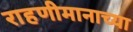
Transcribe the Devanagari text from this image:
राहणीमानाच्या